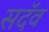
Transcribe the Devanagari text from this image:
सदॅव